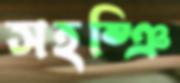
সহষ্ঞি